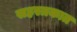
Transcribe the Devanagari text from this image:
सहस्त्रकात